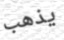
يذهب